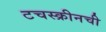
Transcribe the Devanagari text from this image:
टचस्क्रीनची